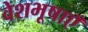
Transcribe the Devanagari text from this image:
वेशभूषाएँ